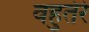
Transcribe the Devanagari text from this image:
वहुतेरे